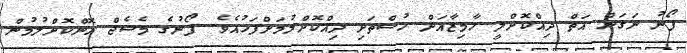
ފޯނު ނަގަން އަތް ދިއްކޮށްލީ ހާމިޒާއަށް ހުސްތަށި ދިއްކޮށްލުމަށްފަހުއެވެ. ފޯނުގެ މެސެޖް އޮންކޮށްލުމުން